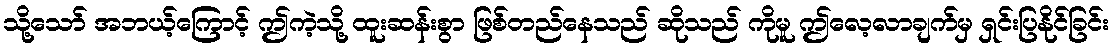
သို့သော် အဘယ့်ကြောင့် ဤကဲ့သို့ ထူးဆန်းစွာ ဖြစ်တည်နေသည် ဆိုသည် ကိုမူ ဤလေ့လာချက်မှ ရှင်းပြနိုင်ခြင်း